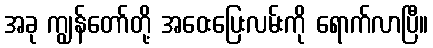
အခု ကျွန်တော်တို့ အဝေးပြေးလမ်းကို ရောက်လာပြီ။